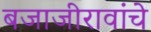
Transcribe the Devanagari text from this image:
बजाजीरावांचे